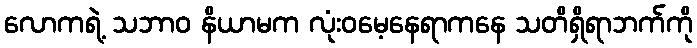
လောကရဲ့ သဘာဝ နိယာမက လုံးဝမေ့နေရာကနေ သတိရှိရာဘက်ကို